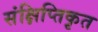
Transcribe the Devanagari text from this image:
संक्षिप्तिकृत